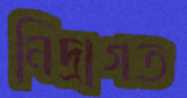
নিদ্রাগত